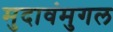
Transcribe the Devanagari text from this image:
मुदावंमुगल